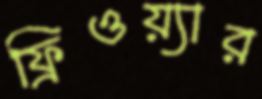
ফ্রিওয়্যার